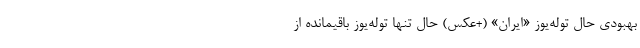
بهبودی حال توله‌یوز «ایران» (+عکس) حال تنها توله‌یوز باقیمانده از